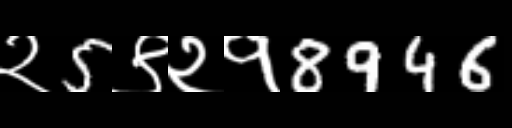
Text: २5९२१8946